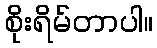
စိုးရိမ်တာပါ။